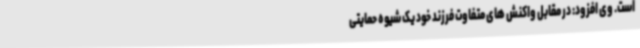
است. وی افزود: در مقابل واکنش های متفاوت فرزند خود یک شیوه حمایتی